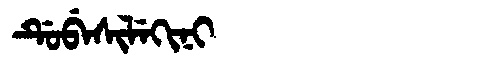
Manchu: ᡩᡠᠪᡝᠰᡳᠯᡝᡴᡳᠨᡳ
Romanization: DUBESILEKINI